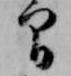
間